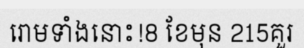
រោមទាំងនោះ!8 ខែមុន 215គួរ